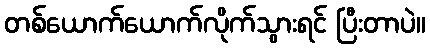
တစ်ယောက်ယောက်လိုက်သွားရင် ပြီးတာပဲ။